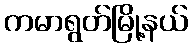
ကမာရွတ်မြို့နယ်